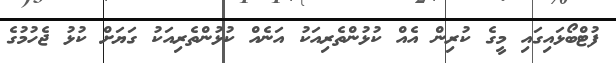
ފުޓްބޯޅައިގައި މީގެ ކުރިން އެއް ކުޅުންތެރިއަކު އަނެއް ކުޅުންތެރިއަކު ގަޔަށް ކުޅު ޖެހުމުގެ